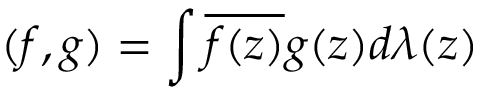
( f , g ) = \int \overline { { { f ( z ) } } } g ( z ) d \lambda ( z )